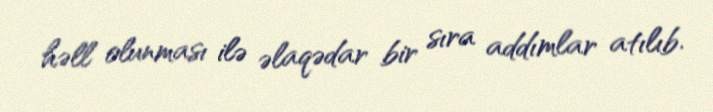
həll olunması ilə əlaqədar bir sıra addımlar atılıb.